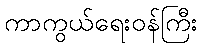
ကာကွယ်ရေးဝန်ကြီး